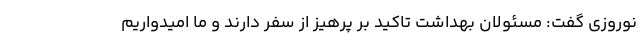
نوروزی گفت: مسئولان بهداشت تاکید بر پرهیز از سفر دارند و ما امیدواریم